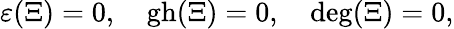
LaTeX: \varepsilon(\Xi)=0,\quad\mathrm{gh}(\Xi)=0,\quad\mathrm{deg}(\Xi)=0,